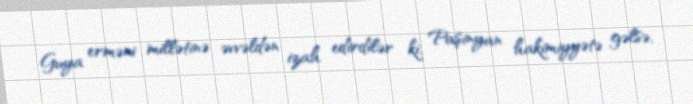
Guya erməni millətinə əvvəldən izah edirdilər ki, Paşinyan hakimiyyətə gəlsə,